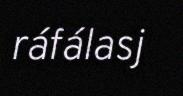
ráfálasj